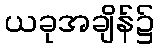
ယခုအချိန်၌